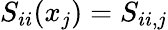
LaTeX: S_{ii}(x_{j})=S_{ii,j}